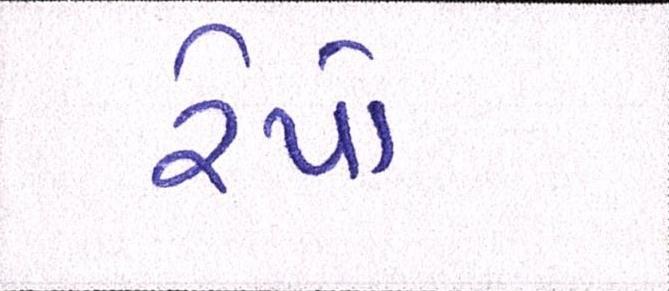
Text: રેપો